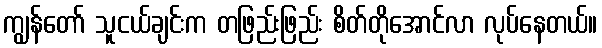
ကျွန်တော် သူငယ်ချင်းက တဖြည်းဖြည်း စိတ်တိုအောင်လာ လုပ်နေတယ်။